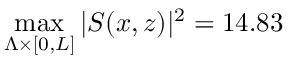
\operatorname* { m a x } _ { \Lambda \times \lbrack 0 , L \rbrack } \vert S ( x , z ) \vert ^ { 2 } = 1 4 . 8 3